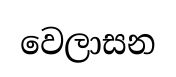
වෙලාසන